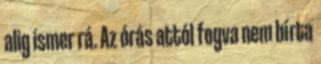
alig ismer rá. Az órás attól fogva nem bírta